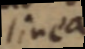
linea